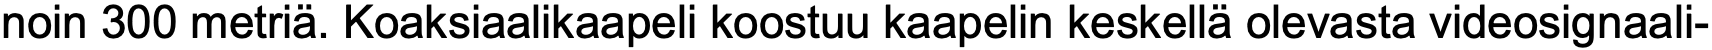
noin 300 metriä. Koaksiaalikaapeli koostuu kaapelin keskellä olevasta videosignaali-